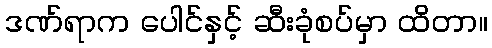
ဒဏ်ရာက ပေါင်နှင့် ဆီးခုံစပ်မှာ ထိတာ။